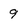
Character: 9